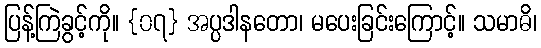
ပြန့်ကြဲခွင့်ကို။ {၀၇} အပ္ပဒါနတော၊ မပေးခြင်းကြောင့်။ သမာဓိ၊